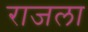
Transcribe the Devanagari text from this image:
राजला